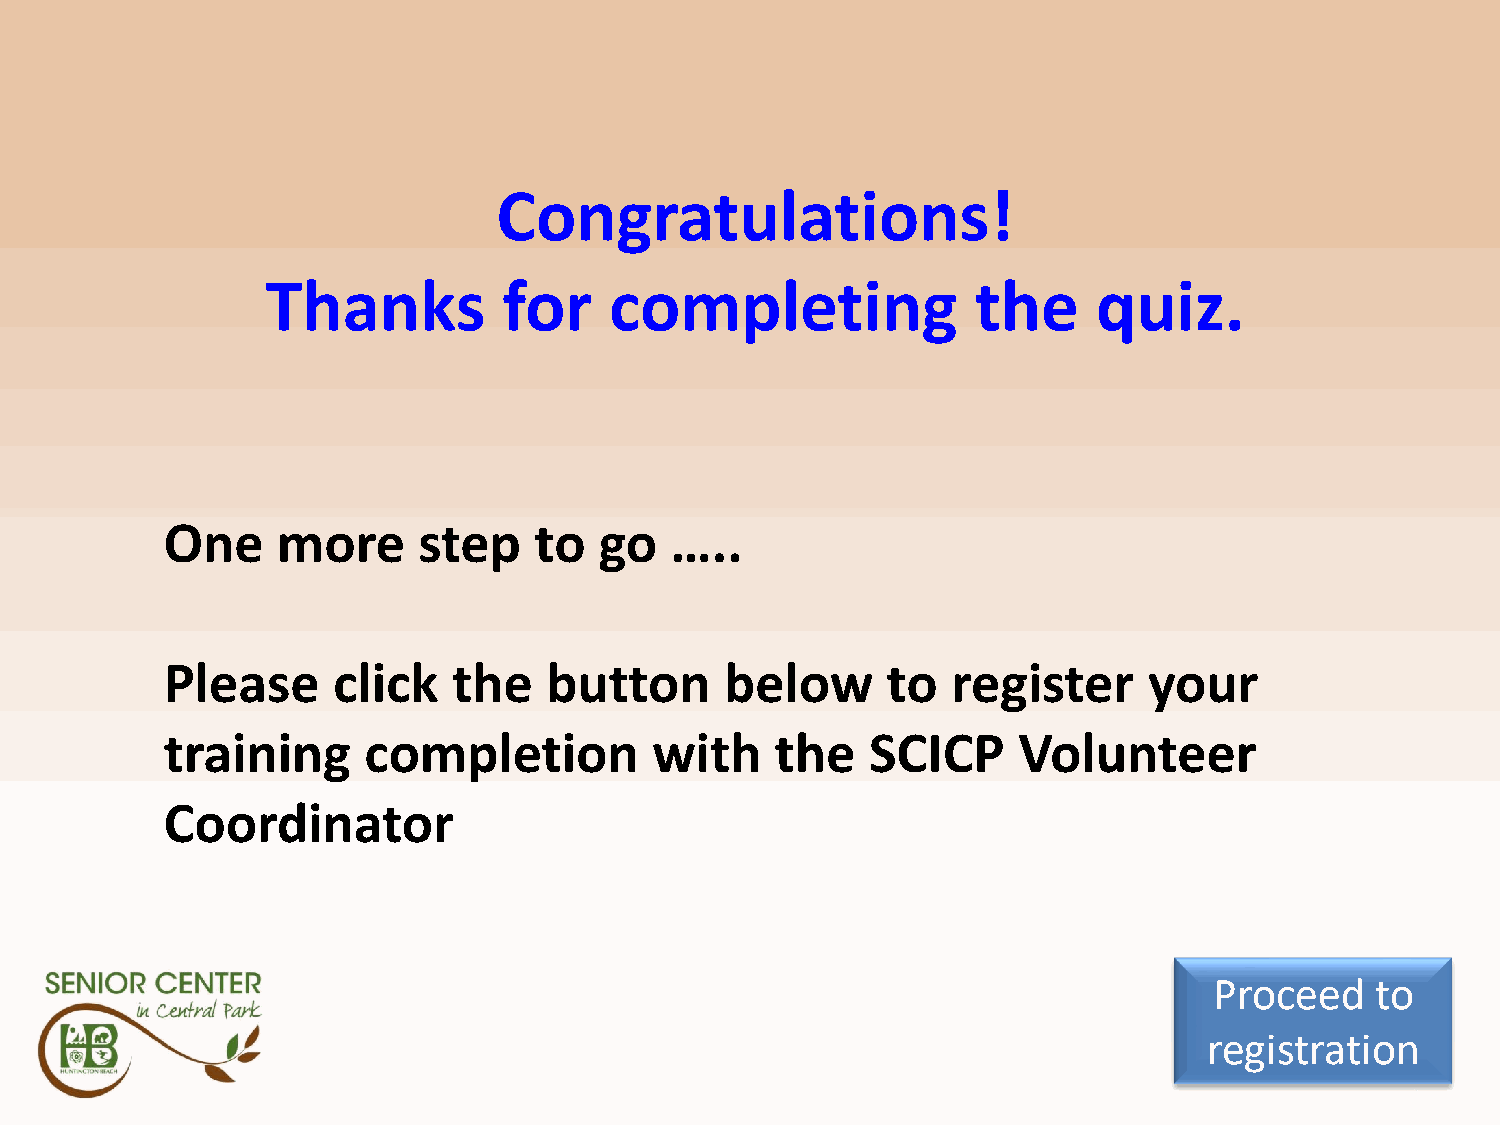
Congrats
 Congratulations!
 Thanks         for    completing               the     quiz.
 One    more      step   to   go  …..
 Please     click   the   button      below      to  register     your
 training     completion         with    the    SCICP    Volunteer
 Coordinator
 Proceed    to
 registration